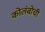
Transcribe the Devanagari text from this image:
कोलंबोची